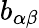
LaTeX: b_{\alpha\beta}